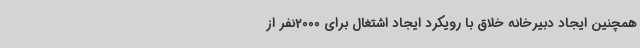
همچنین ایجاد دبیرخانه خلاق با رویکرد ایجاد اشتغال برای 2000نفر از